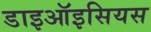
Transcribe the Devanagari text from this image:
डाइऑइसियस